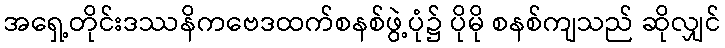
အရှေ့တိုင်းဒဿနိကဗေဒထက်စနစ်ဖွဲ့ပုံ၌ ပိုမို စနစ်ကျသည် ဆိုလျှင်